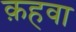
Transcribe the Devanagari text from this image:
क़हवा